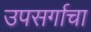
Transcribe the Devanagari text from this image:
उपसर्गाचा